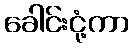
ခေါင်းငုံ့ကာ